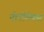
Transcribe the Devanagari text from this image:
नोटीमेक्स